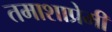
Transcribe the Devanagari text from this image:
तमाशाप्रेमी